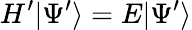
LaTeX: H^{\prime}|\Psi^{\prime}\rangle=E|\Psi^{\prime}\rangle